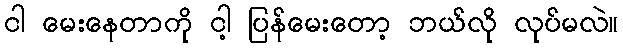
ငါ မေးနေတာကို ငါ့ ပြန်မေးတော့ ဘယ်လို လုပ်မလဲ။